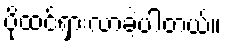
ပိုထင်ရှားလာခဲ့ပါတယ်။